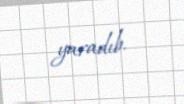
yaradıb.